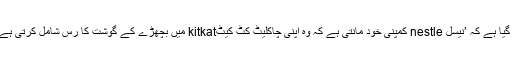
ہندی اور انگریزی کی آمیزش سے تیارپیغام میں کہا گیا ہے کہ ’نیسل nestle کمپنی خود مانتی ہے کہ وہ اپنی چاکلیٹ کٹ کیٹkitkat میں بچھڑے کے گوشت کا رس شامل کرتی ہے اور سب دھرم بھرشٹ کا مذہب خراب کر رہی ہے ۔